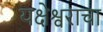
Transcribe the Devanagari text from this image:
यक्षेश्वराचा